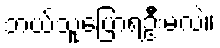
ဘယ်သူပြောရဦးမလဲ။